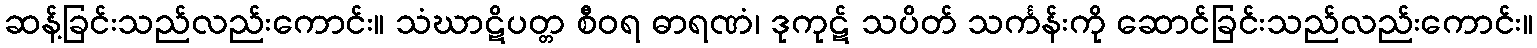
ဆန့်ခြင်းသည်လည်းကောင်း။ သံဃာဋိပတ္တ စီဝရ ဓာရဏံ၊ ဒုကုဋ် သပိတ် သင်္ကန်းကို ဆောင်ခြင်းသည်လည်းကောင်း။